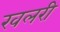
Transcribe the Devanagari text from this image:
खलरी